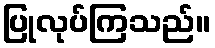
ပြုလုပ်ကြသည်။